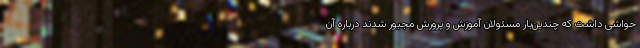
حواشی داشت که چندین‌بار مسئولان آموزش و پرورش مجبور شدند درباره آن